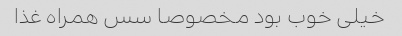
خیلی خوب بود مخصوصا سس همراه غذا